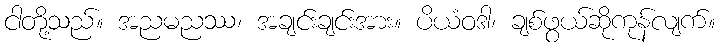
ငါတို့သည်။ အညမညဿ၊ အချင်းချင်းအား။ ပိယံဝဒါ၊ ချစ်ဖွယ်ဆိုကုန်လျက်။